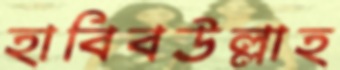
হাবিবউল্লাহ